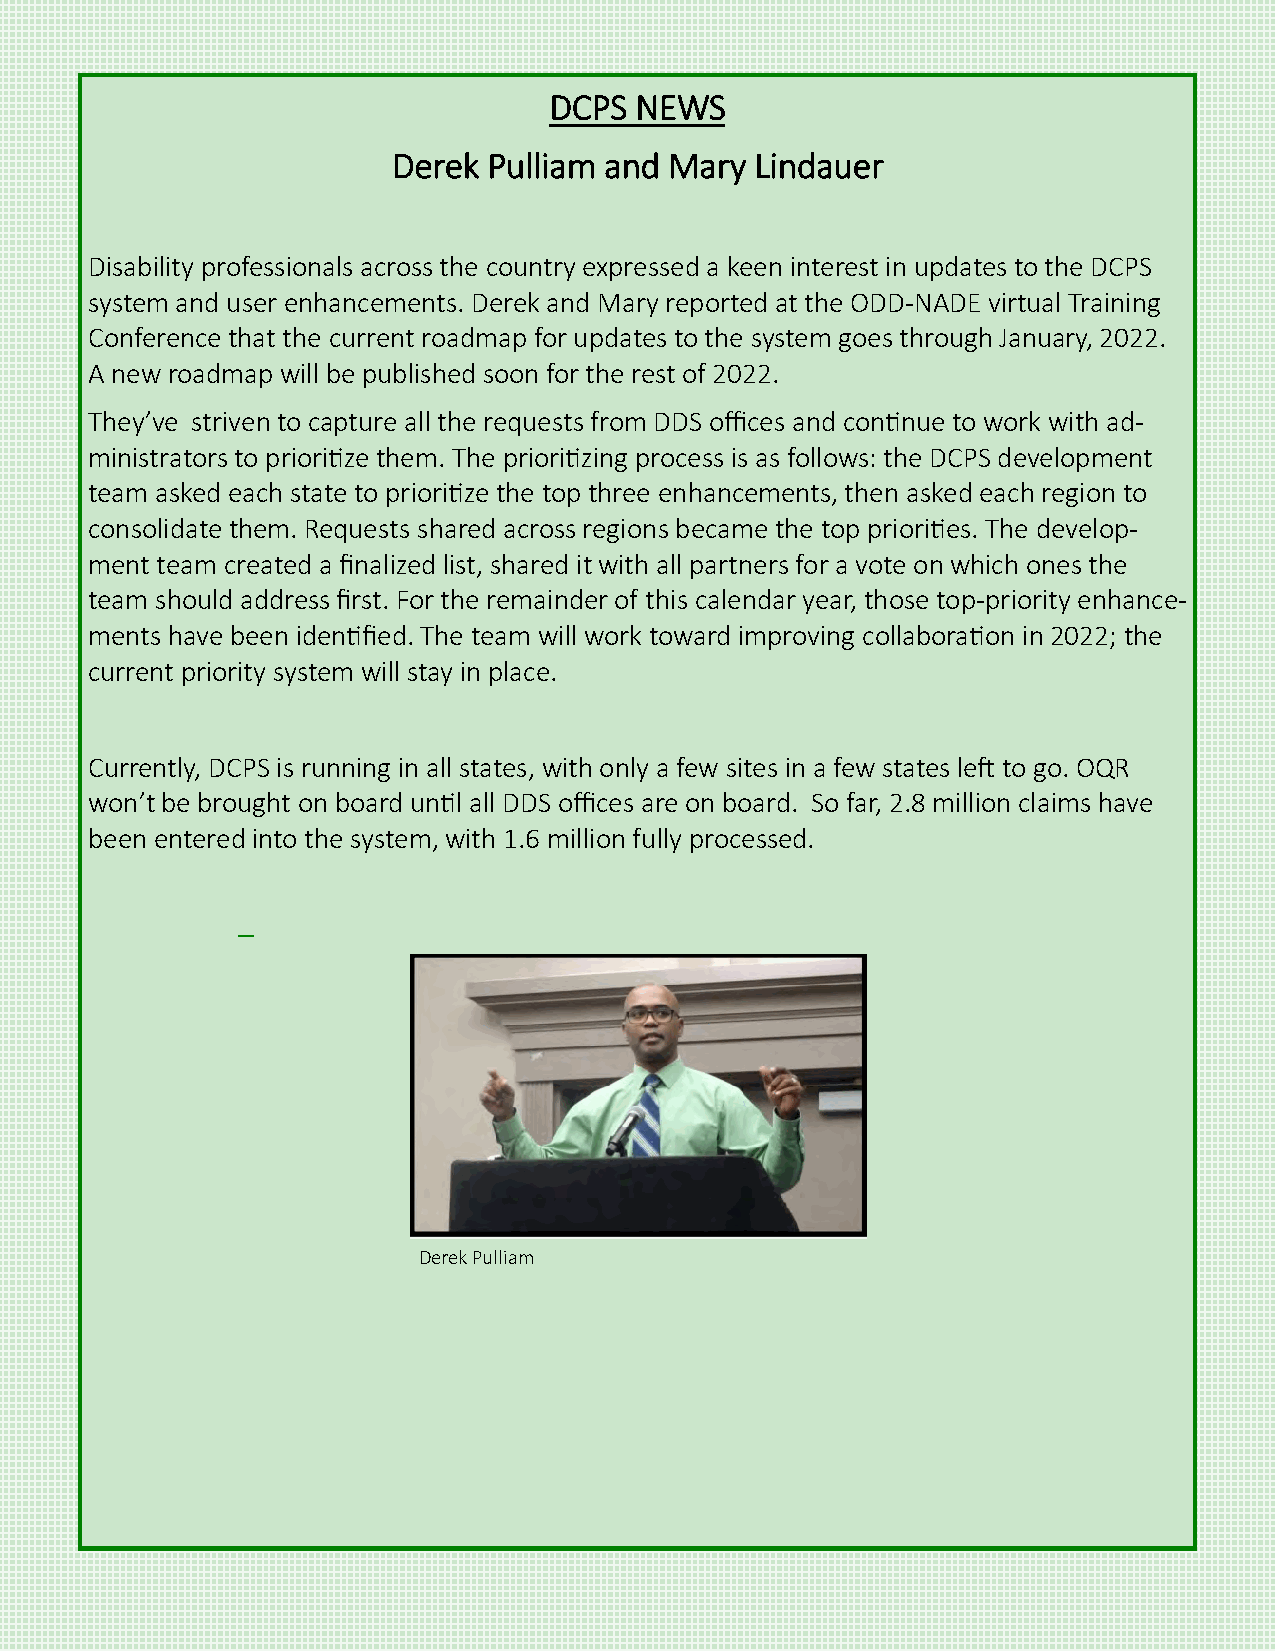
DCPS  NEWS
 Derek Pulliam and Mary  Lindauer
 Disability professionals across the country expressed a keen interest in updates to the DCPS
 system and user enhancements. Derek and Mary reported at the ODD-NADE virtual Training
 Conference that the current roadmap for updates to the system goes through January, 2022.
 A new roadmap will be published soon for the rest of 2022.
 They’ve striven to capture all the requests from DDS offices and continue to work with ad-
 ministrators to prioritize them. The prioritizing process is as follows: the DCPS development
 team asked each state to prioritize the top three enhancements, then asked each region to
 consolidate them. Requests shared across regions became the top priorities. The develop-
 ment team created a finalized list, shared it with all partners for a vote on which ones the
 team should address first. For the remainder of this calendar year, those top-priority enhance-
 ments have been identified. The team will work toward improving collaboration in 2022; the
 current priority system will stay in place.
 Currently, DCPS is running in all states, with only a few sites in a few states left to go. OQR
 won’t be brought on board until all DDS offices are on board. So far, 2.8 million claims have
 been entered into the system, with 1.6 million fully processed.
 –
 Derek Pulliam